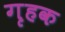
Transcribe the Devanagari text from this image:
गृहक